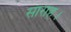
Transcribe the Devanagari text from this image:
साराह।